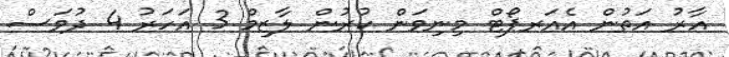
އާރު އަތުން އެއަރޕޯޓް މިނިވަން ކުރުން ލާޒިމް 3 އަހަރު 4 ދުވަސް